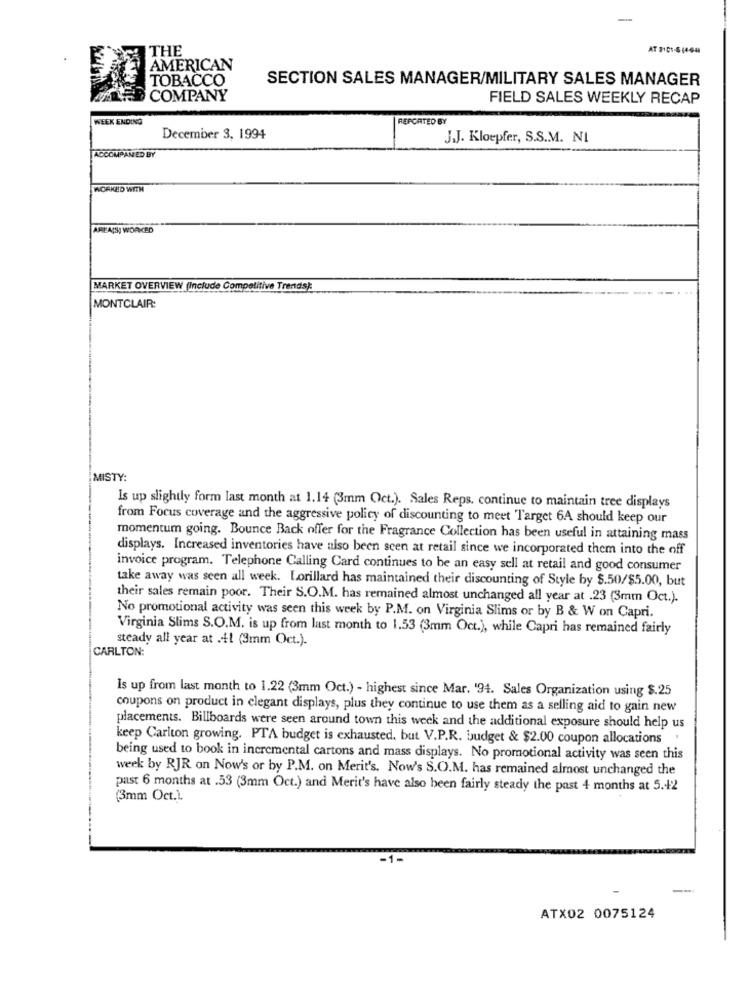
-
THE
AMERICAN
TOBACCO
SECTION SALES MANAGER/MILITARY SALES MANAGER
COMPANY
FIELD SALES WEEKLY RECAP
WEEK ENDING
REPORTED BY
December 3, 1994
J.J. Kloepfer, S.S.M. NI
ACCOMPANIED BY
WORKED WITH
AREAIS WORKED
MARKET OVERVIEW (Include Competitive Trends):
MONTCLAIR:
MISTY:
Is up slightly form last month at 1.14 (3mm Oct.). Sales Reps. continue to maintain tree displays
from Focus coverage and the aggressive policy of discounting to meet Target 6A should keep our
momentum going. Bounce Back offer for the Fragrance Collection has been useful in attaining mass
displays. Increased inventories have also been scen at retail since we incorporated them into the off
invoice program. Telephone Calling Card continues to be an easy sell at retail and good consumer
take away was seen all week. Lorillard has maintained their discounting of Style by $.50/$5.00, but
their sales remain poor. Their S.O.M. has remained almost unchanged all year at .23 (3mm Oct.).
No promotional activity was seen this week by P.M. on Virginia Slims or by B & W on Capri.
Virginia Slims S.O.M. is up from last month to 1.53 (3mm Oct.), while Capri has remained fairly
steady all year at .41 (3mm Oct.).
CARLTON:
Is up from last month to 1.22 (3mm Oct.) - highest since Mar. '94. Sales Organization using $.25
coupons on product in clegant displays, plus they continue to use them as a selling aid to gain new
placements. Billboards were seen around town this week and the additional exposure should help us
keep Carlton growing. PTA budget is exhausted, but V.P.R. budget & $2.00 coupon allocations
being used to book in incremental cartons and mass displays. No promotional activity was seen this
week by RJR on Now's or by P.M. on Merit's. Now's S.O.M. has remained almost unchanged the
past 6 months at .53 (3mm Oct.) and Merit's have also been fairly steady the past 4 months at 5.42
33mm Oct.1.
ATX02 0075124